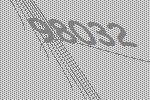
98032